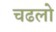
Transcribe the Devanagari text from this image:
चढलो